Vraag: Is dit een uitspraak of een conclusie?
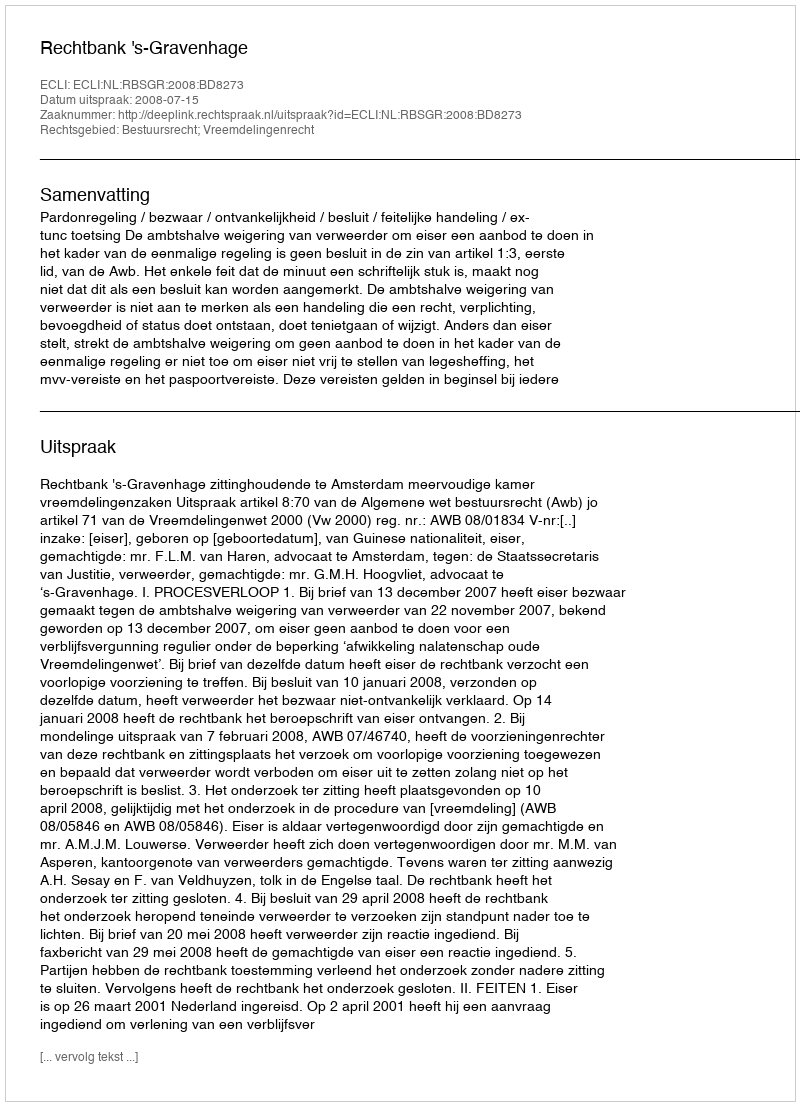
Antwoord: Uitspraak